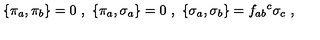
\{ \pi _ { a } , \pi _ { b } \} = 0 \ , \ \{ \pi _ { a } , \sigma _ { a } \} = 0 \ , \ \{ \sigma _ { a } , \sigma _ { b } \} = f _ { a b } { } ^ { c } \sigma _ { c } \ ,